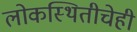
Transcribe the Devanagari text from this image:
लोकस्थितीचेही